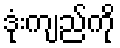
ဒုံးကျည်ကို